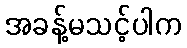
အခန့်မသင့်ပါက